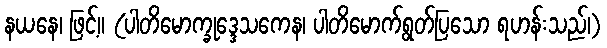
နယနေ၊ ဖြင့်။ (ပါတိမောက္ခုဒ္ဒေသကေန၊ ပါတိမောက်ရွတ်ပြသော ရဟန်းသည်၊)